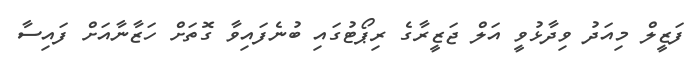
ފަޒީލް މިއަދު ވިދާޅުވީ އަލް ޖަޒީރާގެ ރިޕޯޓުގައި ބުނެފައިވާ ގޮތަށް ހަޒާނާއަށް ފައިސާ